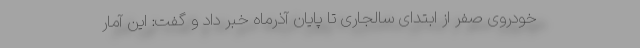
خودروی صفر از ابتدای سالجاری تا پایان آذرماه خبر داد و گفت: این آمار